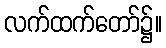
လက်ထက်တော်၌။